Vaccination in Bombay 1856-1862 - 1856-1862
Year: 1856
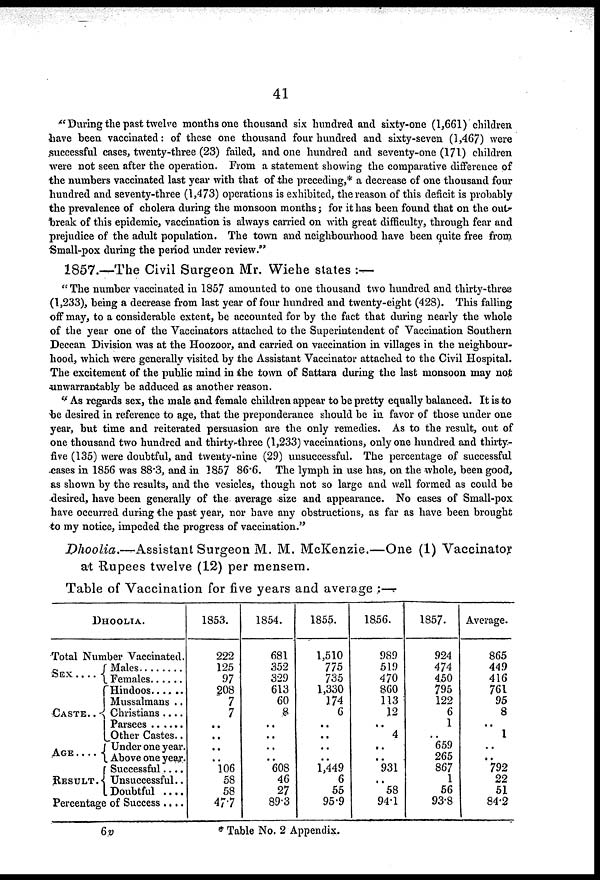
41
"During the past twelve months one thousand six hundred and sixty-one (1,661) children
have been vaccinated: of these one thousand four hundred and sixty-seven (1,467) were
successful cases, twenty-three (23) failed, and one hundred and seventy-one (171) children
were not seen after the operation. From a statement showing the comparative difference of
the numbers vaccinated last year with that of the preceding,* a decrease of one thousand four
hundred and seventy-three (1,473) operations is exhibited, the reason of this deficit is probably
the prevalence of cholera during the monsoon months; for it has been found that on the out
break of this epidemic, vaccination is always carried on with great difficulty, through fear and
prejudice of the adult population. The town and neighbourhood have been quite free from
Small-pox during the period under review."
1857.—The Civil Surgeon Mr. Wiehe states :—
"The number vaccinated in 1857 amounted to one thousand two hundred and thirty-three
(1,233), being a decrease from last year of four hundred and twenty-eight (428). This falling
off may, to a considerable extent, be accounted for by the fact that during nearly the whole
of the year one of the Vaccinators attached to the Superintendent of Vaccination Southern
Deccan Division was at the Hoozoor, and carried on vaccination in villages in the neighbour-
hood, which were generally visited by the Assistant Vaccinator attached to the Civil Hospital.
The excitement of the public mind in the town of Sattara during the last monsoon may not
unwarrantably be adduced as another reason.
" As regards sex, the male and female children appear to be pretty equally balanced. It is to
be desired in reference to age, that the preponderance should be in favor of those under one
year, but time and reiterated persuasion are the only remedies. As to the result, out of
one thousand two hundred and thirty-three (1,233) vaccinations, only one hundred and thirty-
five (135) were doubtful, and twenty-nine (29) unsuccessful. The percentage of successful
cases in 1856 was 88.3, and in 1857 86.6. The lymph in use has, on the whole, been good,
as shown by the results, and the vesicles, though not so large and well formed as could be
desired, have been generally of the average size and appearance. No cases of Small-pox
have occurred during the past year, nor have any obstructions, as far as have been brought
to my notice, impeded the progress of vaccination."
Dhoolia.—Assistant Surgeon M. M. McKenzie.—One (1) Vaccinator
at Rupees twelve (12) per mensem.
Table of Vaccination for five years and average : —
DHOOLIA.
Total Number Vaccinated.
SEX
. . . . .
CASTE . . . .
AGE . . . . .
RESULT .
Males . . . . .
Females . . . . .
Hindoos . . . .
Mussalmans . .
Christians . . . .
Parsees . . . .
Other Castes . .
Under one year.
Above one year.
Successful . . .
Unsuccessful . .
Doubtful . . . .
Percentage of Success . . . .
1853.
222
125
97
208
7
7
..
..
..
..
106
58
58
477
1854.
681
352
329
613
60
8
..
..
..
..
608
46
27
89.3
1855.
1,510
775
735
1,330
174
6
..
..
..
..
1,449
6
55
95.9
1856.
989
519
470
860
113
12
..
4
..
,...
931
..
58
94.1
1857.
924
474
450
795
122
6
1
..
659
265
867
1
56
93.8
Average.
865
449
416
761
95
8
..
1
..
..
792
22
51
84.2
6v
* Table No. 2 Appendix.